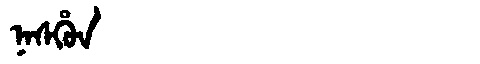
Manchu: ᠨᠠᠰᡥᡠᠨ
Romanization: NASHUN